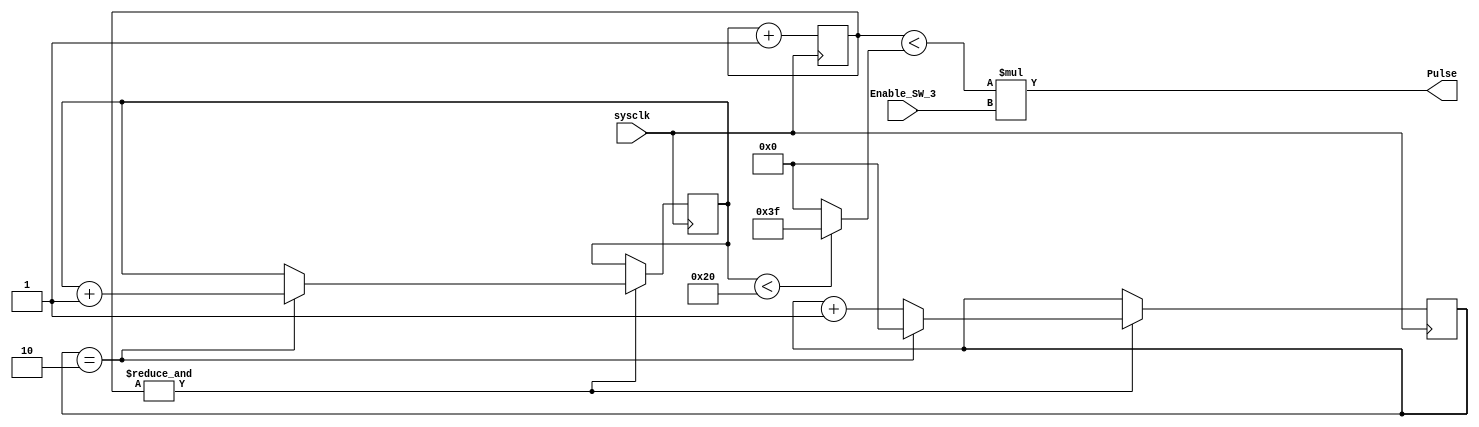
module Solidsquare_X(input wire sysclk,
input wire Enable_SW_3,
output wire Pulse);

reg [5:0] count = 0;
reg [5:0] DC_Index = 0;
reg [5:0] Duty_Cycle =0;
reg [5:0] Index_Count = 0;	

assign Pulse = (count < Duty_Cycle) * Enable_SW_3;

always @(posedge sysclk)begin
	count<=count+1'b1;
	if (&count==1) begin 
		DC_Index<=DC_Index+1'b1;
		if (DC_Index ==  6'd2) begin
			Index_Count <= Index_Count + 1'b1;
			DC_Index <=1'b0;
		end
	end
end

always @(*) begin
	if (Index_Count <6'd32)
		Duty_Cycle <= 6'd63; 
	else
		Duty_Cycle <= 6'b0;
end		
endmodule